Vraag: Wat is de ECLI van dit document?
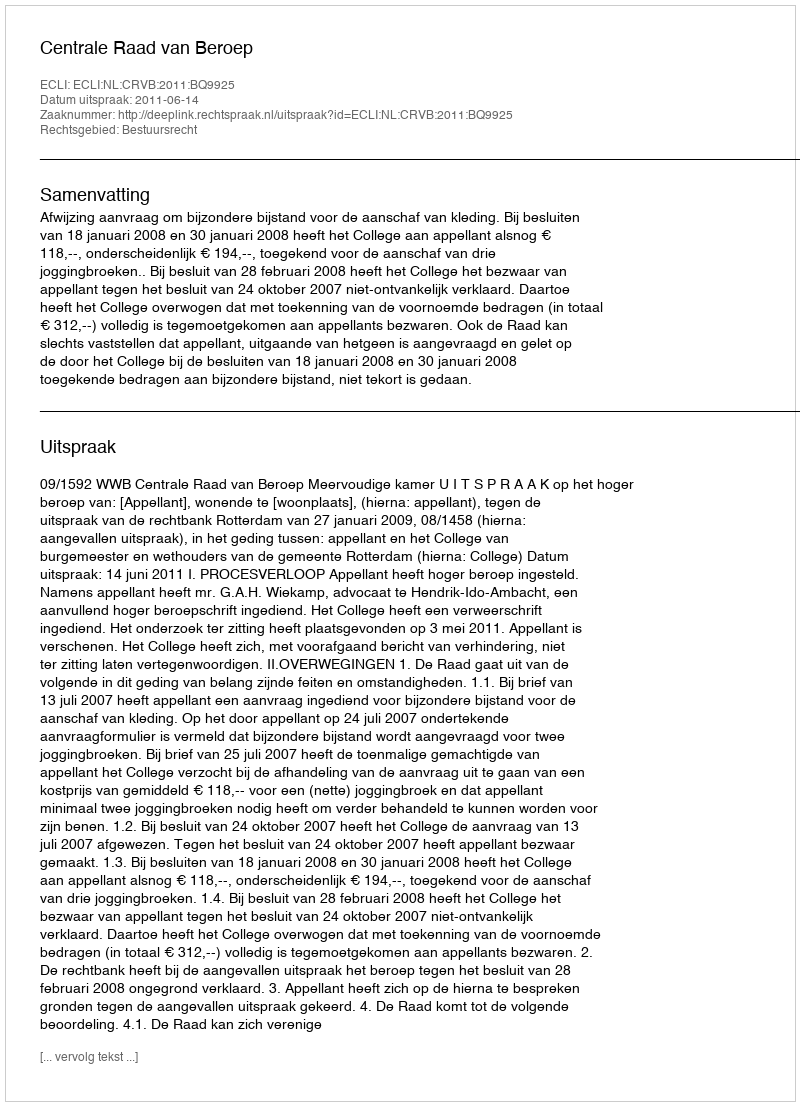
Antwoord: ECLI:NL:CRVB:2011:BQ9925